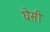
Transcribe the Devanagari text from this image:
घेसी